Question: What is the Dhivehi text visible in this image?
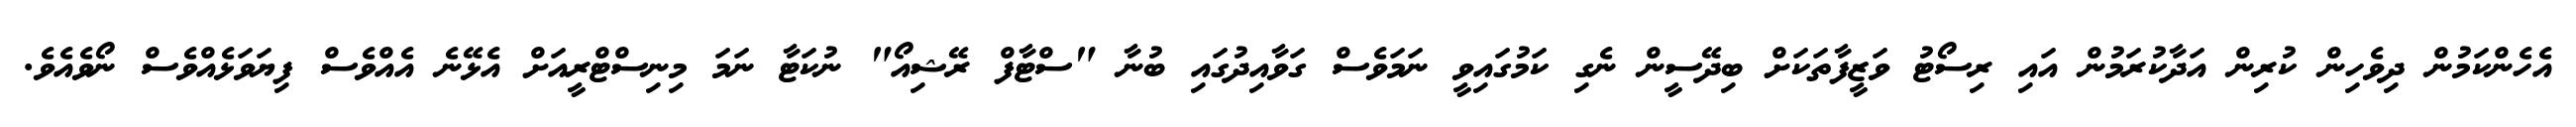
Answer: އެހެންކަމުން ދިވެހިން ކުރިން އަދާކުރަމުން އައި ރިސޯޓު ވަޒީފާތަކަށް ބިދޭސީން ނެގި ކަމުގައިވީ ނަމަވެސް ގަވާއިދުގައި ބުނާ "ސްޓާފް ރޭޝިއޯ" ނުކަޓާ ނަމަ މިނިސްޓްރީއަށް އެޅޭނެ އެއްވެސް ފިޔަވަޅެއްވެސް ނޯވެއެވެ.